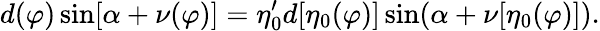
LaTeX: d(\varphi)\sin[\alpha+\nu(\varphi)]=\eta_{0}^{\prime}d[\eta_{0}(\varphi)]\sin(\alpha+\nu[\eta_{0}(\varphi)]).